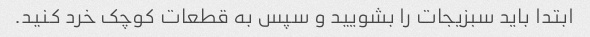
ابتدا باید سبزیجات را بشویید و سپس به قطعات کوچک خرد کنید.